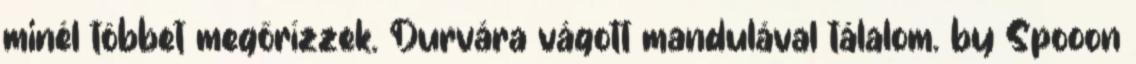
minél többet megőrízzek. Durvára vágott mandulával tálalom. by Spooon